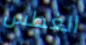
الغطس